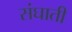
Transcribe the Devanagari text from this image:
संघाती